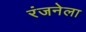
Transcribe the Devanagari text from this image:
रंजनेला